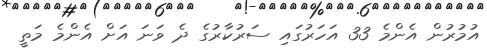
އުމުރުން އެންމެ 33 އަހަރުގައި ސަރުކާރުގެ ދެ ވަނަ އަށް އެންމެ މަތީ